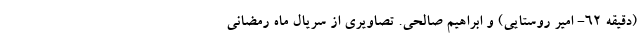
(دقیقه ۶۲- امیر روستایی) و ابراهیم صالحی. تصاویری از سریال ماه رمضانی